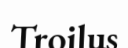
Troilus